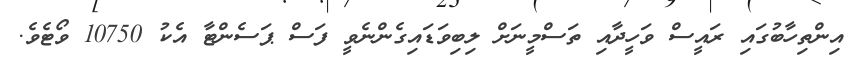
އިންތިހާބުގައި ރައީސް ވަހީދާއި ތަސްމީނަށް ލިބިވަޑައިގެންނެވީ ފަސް ޕަސެންޓާ އެކު 10750 ވޯޓެވެ.